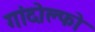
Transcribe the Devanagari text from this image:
गांदोल्फो